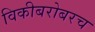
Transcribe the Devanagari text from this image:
विकीबरोबरच